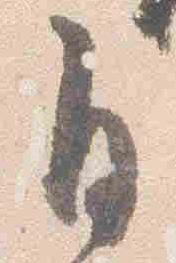
自